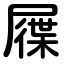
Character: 屧